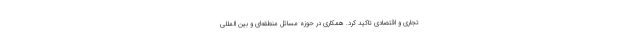
تجاری و اقتصادی تاکید کرد. همکاری‌ در حوزه مسائل منطقه‌ای و بین المللی